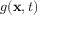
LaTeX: g ( \mathbf { x } , t )